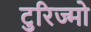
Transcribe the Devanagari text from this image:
टुरिज्मो